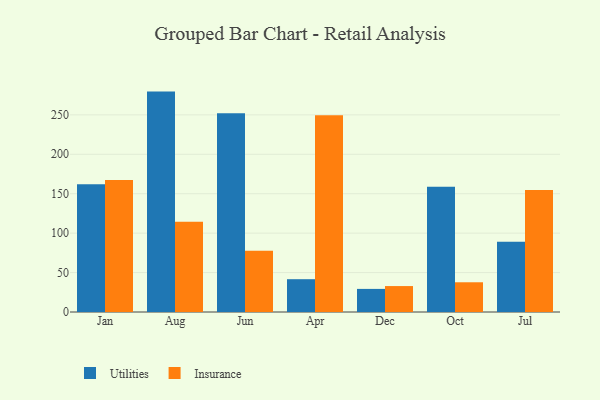
{"axis": {"x": "Month", "y": "Tickets Resolved"}, "legend": ["Insurance", "Utilities"], "data": [{"x": "Jan", "y": 162.1, "type": "Utilities"}, {"x": "Jan", "y": 167.5, "type": "Insurance"}, {"x": "Aug", "y": 279.5, "type": "Utilities"}, {"x": "Aug", "y": 114.5, "type": "Insurance"}, {"x": "Jun", "y": 252.1, "type": "Utilities"}, {"x": "Jun", "y": 77.8, "type": "Insurance"}, {"x": "Apr", "y": 41.6, "type": "Utilities"}, {"x": "Apr", "y": 249.4, "type": "Insurance"}, {"x": "Dec", "y": 29.3, "type": "Utilities"}, {"x": "Dec", "y": 32.9, "type": "Insurance"}, {"x": "Oct", "y": 158.7, "type": "Utilities"}, {"x": "Oct", "y": 37.7, "type": "Insurance"}, {"x": "Jul", "y": 89.0, "type": "Utilities"}, {"x": "Jul", "y": 154.7, "type": "Insurance"}]}